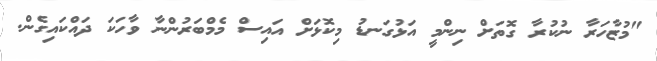
"މުޒާހަރާ ނުކުރާ ގޮތަށް ނިންމީ އަޅުގަނޑު މިކޮޅަށް އައިސް މެމްބަރުންނާ ވާހަކަ ދައްކައިގެން.